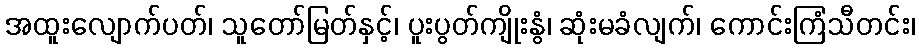
အထူးလျောက်ပတ်၊ သူတော်မြတ်နှင့်၊ ပူးပွတ်ကျိုးနွံ၊ ဆုံးမခံလျက်၊ ကောင်းကြံသီတင်း၊